Medical and sanitary report of the native army of Madras for the year
Year: 1875
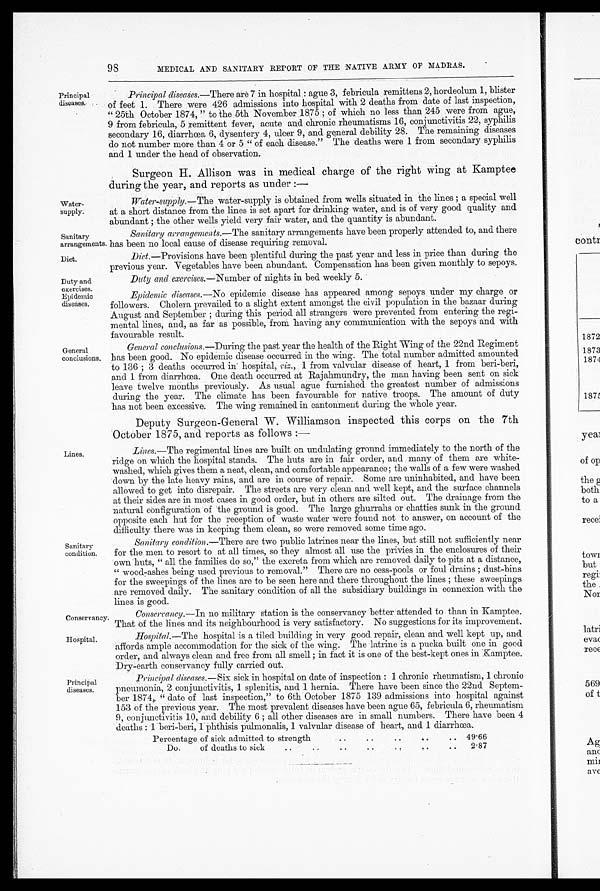
Sanitary
arrangements.
Diet.
Conservancy.
Hospital.
98
MEDICAL AND SANITARY REPORT OF THE NATIVE ARMY OF MADRAS.
Principal
diseases.
Water-
supply.
Principal disea ses .—There are 7 in hospital : ague 3, febricula remittens 2, hordeolum 1, blister
of feet 1. There were 426 admissions into hospital with 2 deaths from date of last inspection,
" 25th October 1874, " to the 5th November 1875; of which no less than 245 were from ague,
9 from febricula, 5 remittent fever, acute and chronic rheumatisms 16, conjunctivitis 22, syphilis
secondary 16, diarrhœa, 6, dysentery 4, ulcer 9, and general debility 28. The remaining diseases
do not number more than 4 or 5 "of each disease." The deaths were 1 from secondary syphilis
and 1 under the head of observation.
Surgeon H. Allison was in medical charge of the right wing at Kamptee
during the year, and reports as under :—
Water-supply .—The water-supply is obtained from wells situated in the lines; a special well
at a short distance from the lines is set apart for drinking water, and is of very good quality and
abundant; the other wells yield very fair water, and the quantity is abundant.
Sanitary arrangements .—The sanitary arrangements have been properly attended to, and there
has been no local cause of disease requiring removal.
Diet .—Provisions have been plentiful during the past year and less in price than during the
previous year. Vegetables have been abundant. Compensation has been given monthly to sepoys.
Duty and
exercises.
Epidemic
diseases.
General
conclusions.
Lines.
Sanitary
condition.
Duty and exercises .—Number of nights in bed weekly 5.
Epidemic diseases.—No epidemic disease has appeared among sepoys under my charge or
followers. Cholera prevailed to a slight extent amongst the civil population in the bazaar during
August and September; during this period all strangers were prevented from entering the regi
-mental lines, and, as far as possible, from having any communication with the sepoys and with
favourable result.
General conclusions .—During the past year the health of the Right Wing of the 22nd Regiment
has been good. No epidemic disease occurred in the wing. The total number admitted amounted
to 136; 3 deaths occurred in hospital, viz., 1 from valvular disease of heart, 1 from beri-beri,
and 1 from diarrhœa. One death occurred at Rajahmundry, the man having been sent on sick
leave twelve months previously. As usual ague furnished the greatest number of admissions
during the year. The climate has been favourable for native troops. The amount of duty
has not been excessive. The wing remained in cantonment during the whole year.
Deputy Surgeon-General W. Williamson inspected this corps on the 7th
October 1875, and reports as follows:—
Lines .—The regimental lines are built on undulating ground immediately to the north of the
ridge on which the hospital stands. The huts are in fair order, and many of them are white
-washed, which gives them a neat, clean, and comfortable appearance; the walls of a few were washed
down by the late heavy rains, and are in course of repair. Some are uninhabited, and have been
allowed to get into disrepair. The streets are very clean and well kept, and the surface channels
at their sides are in most cases in good order, but in others are silted out. The drainage from the
natural configuration of the ground is good. The large ghurrahs or chatties sunk in the ground
opposite each hut for the reception of waste Water were found not to answer, on account of the
difficulty there was in keeping them clean, so were removed some time ago.
Sanitary condition .—There are two public latrines near the lines, but still not sufficiently near
for the men to resort to at all times, so they almost all use the privies in the enclosures of their
own huts, "all the families do so," the excreta from which are removed daily to pits at a distance,
"wood-ashes being used previous to removal." There are no cess-pools or foul drains; dust-bins
for the sweepings of the lines are to be seen here and there throughout the lines; these sweepings
are removed daily. The sanitary condition of all the subsidiary buildings in connexion with the
lines is good.
Principal
diseases.
Conservancy .—In no military station is the conservancy better attended to than in Kamptee.
That of the lines and its neighbourhood is very satisfactory. No suggestions for its improvement.
Hospital.—The hospital is a tiled building in very good repair, clean and well kept up, and
affords ample accommodation for the sick of the wing. The latrine is a pucka built one in good
order, and always clean and free from all smell; in fact it is one of the best-kept ones in Kamptee.
Dry-earth conservancy fully carried out.
Principal diseases .—Six sick in hospital on date of inspection : 1 chronic rheumatism, 1 chronic
pneumonia, 2 conjunctivitis, 1 splenitis, and 1 hernia. There have been since the 22nd Septem
-ber 1874. "date of last inspection," to 6th October 1875 139 admissions into hospital against
153 of the previous year. The most prevalent diseases have been ague 65, febricula 6, rheumatism
9, conjunctivitis 10, and debility 6; all other diseases are in small numbers. There have been 4
deaths : 1 beri-beri, 1 phthisis pulmonalis, 1 valvular disease of heart, and 1 diarrhœa.
Percentage of sick admitted to strength . . .
49.66
Do. of deaths to sick . . .
2.87